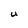
Character: U